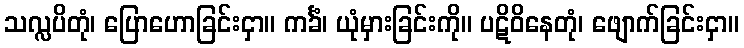
သလ္လပိတုံ၊ ပြောဟောခြင်းငှာ။ ကင်္ခံ၊ ယုံမှားခြင်းကို။ ပဋိဝိနေတုံ၊ ဖျောက်ခြင်းငှာ။